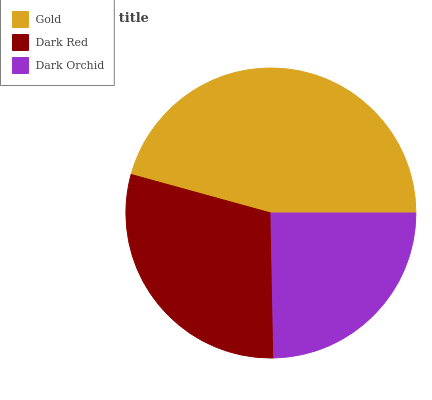
| Gold | Dark Red | Dark Orchid |
 | --- | --- | --- |
 | 45.7% | 29.6% | 24.7% |